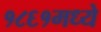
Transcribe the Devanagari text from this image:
१८६१मध्ये